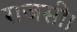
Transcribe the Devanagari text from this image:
राजसी।